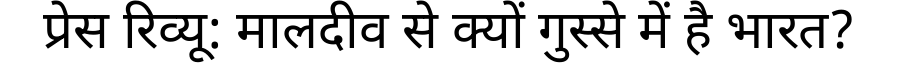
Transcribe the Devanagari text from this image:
प्रेस रिव्यू: मालदीव से क्यों गुस्से में है भारत?